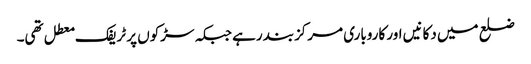
ضلع میں دکانیں اور کاروباری مرکزبند رہے جبکہ سڑکوں پر ٹریفک معطل تھی۔